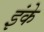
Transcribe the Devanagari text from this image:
इंके